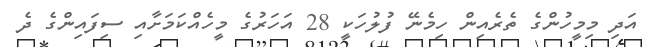
އަދި މިމީހުންގެ ތެރެއިން ހިމެނޭ ފުލުހަކީ 28 އަހަރުގެ މީހެއްކަމަށާއި ސިފައިންގެ ދެ